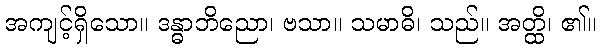
အကျင့်ရှိသော။ ဒန္ဓာဘိညော၊ ဗသာ။ သမာဓိ၊ သည်။ အတ္ထိ၊ ၏။